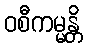
ဝစီကမ္မန္တိ